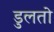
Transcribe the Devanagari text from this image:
डुलतो